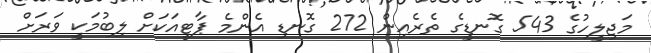
މަޖިލީހުގެ 543 ގޮނޑީގެ ތެރެއިން 272 ގޮނޑި އެންމެ ޕާޓީއަކަށް ލިބުމަކީ ވަރަށް